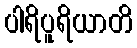
ပါရိပူရိယာတိ